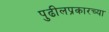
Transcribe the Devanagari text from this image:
पुढीलप्रकारच्या